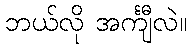
ဘယ်လို အင်္ကျီလဲ။